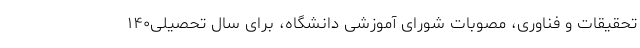
تحقیقات و فناوری، مصوبات شورای آموزشی دانشگاه، برای سال تحصیلی۱۴۰